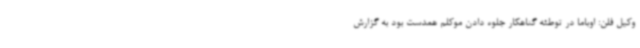
وکیل فلن: اوباما در توطئه گناهکار جلوه دادن موکلم همدست بود به گزارش